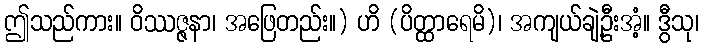
ဤသည်ကား။ ဝိဿဇ္ဇနာ၊ အဖြေတည်း။) ဟိ (ပိတ္ထာရေမိ)၊ အကျယ်ချဲ့ဦးအံ့။ ဒွီသု၊